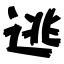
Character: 逃